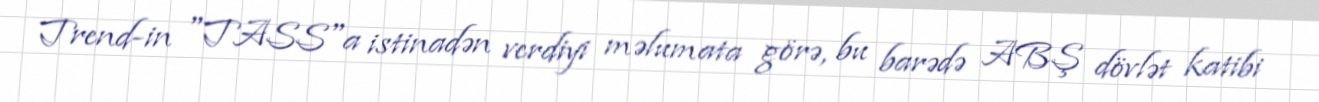
Trend-in "TASS"a istinadən verdiyi məlumata görə, bu barədə ABŞ dövlət katibi